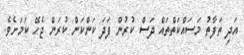
އަދި ތަފާތު މަސައްކަތްތައް ދަސް ކުރުން ފަދަ ކަންކަން ކުރަން ޖެހޭ ކަމަށެވެ.